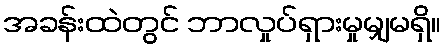
အခန်းထဲတွင် ဘာလှုပ်ရှားမှုမျှမရှိ။